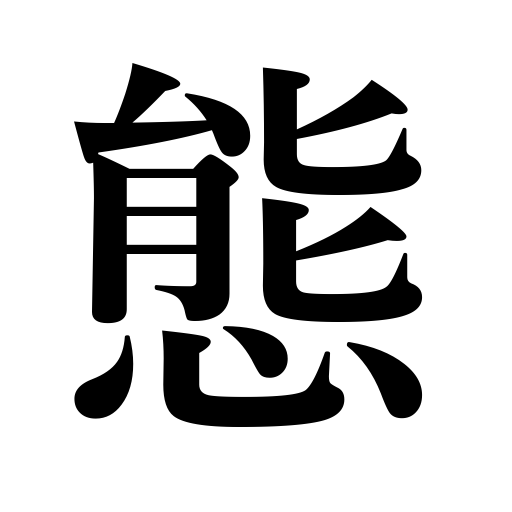
Meanings: voice of verbs,figure,appearance,condition